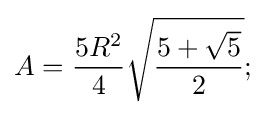
A={\frac {5R^{2}}{4}}{\sqrt {\frac {5+{\sqrt {5}}}{2}}};